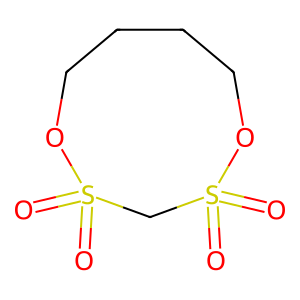
SMILES: O=S1(=O)CS(=O)(=O)OCCCCO1
Inhibits HIV replication: No